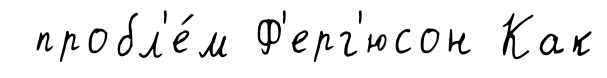
пробл'е́м Ф'ерг'юсон Как